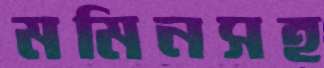
মমিনসহ